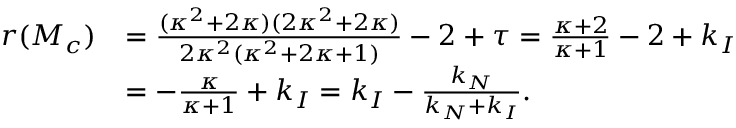
\begin{array} { r l } { r ( M _ { c } ) } & { = \frac { ( \kappa ^ { 2 } + 2 \kappa ) ( 2 \kappa ^ { 2 } + 2 \kappa ) } { 2 \kappa ^ { 2 } ( \kappa ^ { 2 } + 2 \kappa + 1 ) } - 2 + \tau = \frac { \kappa + 2 } { \kappa + 1 } - 2 + k _ { I } } \\ & { = - \frac { \kappa } { \kappa + 1 } + k _ { I } = k _ { I } - \frac { k _ { N } } { k _ { N } + k _ { I } } . } \end{array}